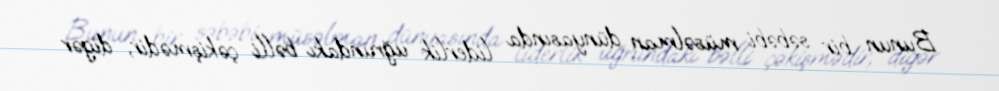
Bunun bir səbəbi müsəlman dünyasında liderlik uğrundakı bəlli çəkişmədir, digər